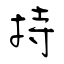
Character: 持